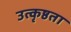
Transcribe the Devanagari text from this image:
उत्कृष्ठता